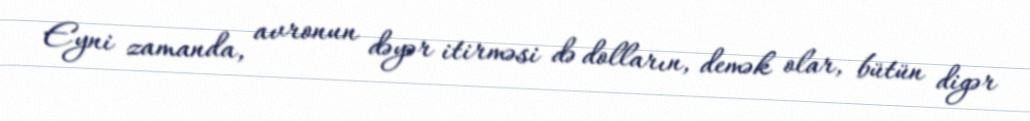
Eyni zamanda, avronun dəyər itirməsi də dolların, demək olar, bütün digər